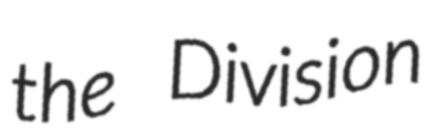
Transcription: the Division